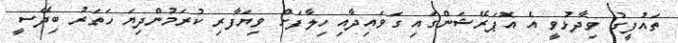
ތައުފީގު ވިދާޅުވީ އެ އޮޕަރޭޝަންގައި ގަވައިދާއި ހިލާފަށް ވިޔަފާރި ކުރަމުންދިޔަ ހަތަރު ބިދޭސީ